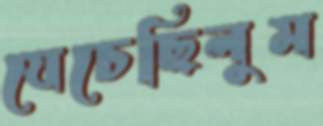
যেচেছিলুম